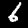
Label: 6